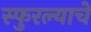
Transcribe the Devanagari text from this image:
स्फुरल्याचे